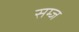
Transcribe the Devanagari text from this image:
सम्ज